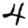
Digit: 4